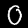
Label: 0